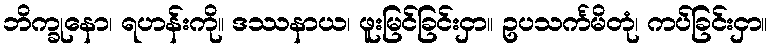
ဘိက္ခုနော၊ ရဟန်းကို။ ဒဿနာယ၊ ဖူးမြင်ခြင်းငှာ။ ဥပသင်္ကမိတုံ၊ ကပ်ခြင်းငှာ။